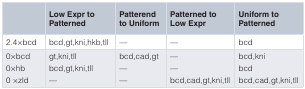
<table><thead><tr><td></td><td><b>Low Expr toPatterned</b></td><td><b>Patterendto Uniform</b></td><td><b>Patterned toLow Expr</b></td><td><b>Uniform toPatterned</b></td></tr></thead><tbody><tr><td>2.4×bcd</td><td>bcd,gt,kni,hkb,tll</td><td>—</td><td>—</td><td>bcd</td></tr><tr><td>0×bcd0×hb0 ×zld</td><td>gt,kni,tllbcd,gt,kni,tll—</td><td>bcd,cad,gt——</td><td>——bcd,cad,gt,kni,tll</td><td>bcd,knibcdbcd,cad,gt,kni,tll</td></tr></tbody></table>